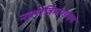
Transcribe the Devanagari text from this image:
नवरात्रिमण्डपम